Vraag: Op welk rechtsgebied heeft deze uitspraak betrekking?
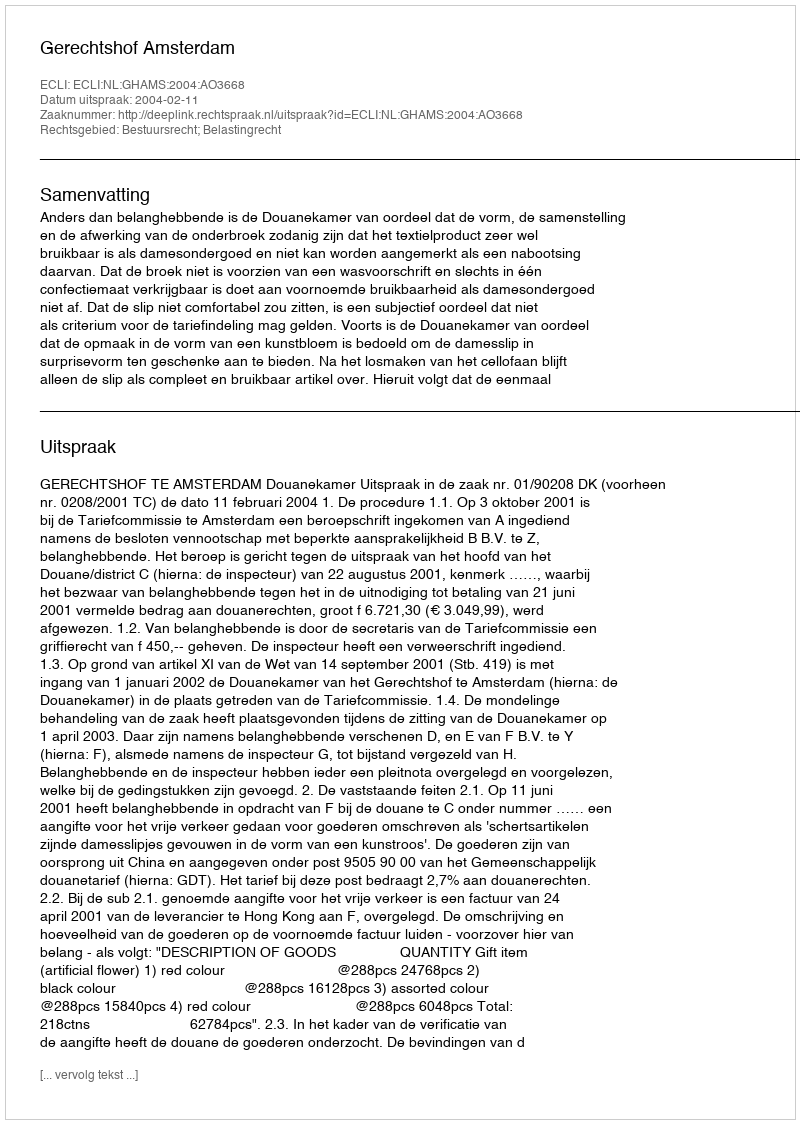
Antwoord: Bestuursrecht; Belastingrecht